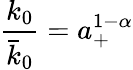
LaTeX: \frac{k_{0}}{\bar{k}_{0}}=a_{+}^{1-\alpha}